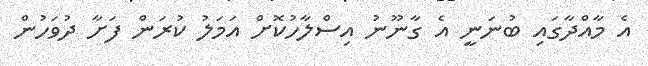
އެ މާއްދާގައި ބުނަނީ އެ ގާނޫނު އިސްލާހުކޮށް އަމަލު ކުރަން ފަށާ ދުވަހުން